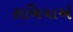
રાબિયાએ